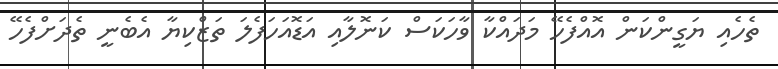
ތެހެއި ޔަގީންކަން އޮއްފެހޭ މަދައްކާ ވާހަކަސް ކަނޮލާއި އަޑޮއަހަފެލަ ތަޒްކިޔާ އެބެނީ ތެދަށްފެހޭ